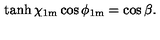
\tanh \chi _ { \mathrm { 1 m } } \cos \phi _ { \mathrm { 1 m } } = \cos \beta .